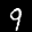
Label: 9